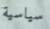
سياسية